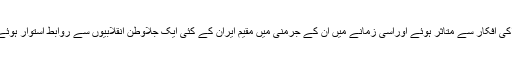
کامریڈ ارانی برلن میں قیام کے زمانے میں اشتراکی افکار سے متاثر ہوئے اوراسی زمانے میں ان کے جرمنی میں مقیم ایران کے کئی ایک جلاوطن انقلابیوں سے روابط استوار ہوئے جن کا تعلق ایران کی کمیونسٹ پارٹی سے تھا ۔